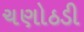
ચણોઠડી